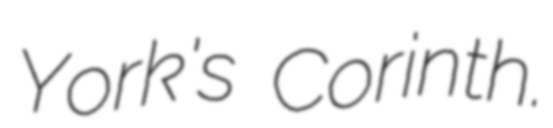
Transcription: York's Corinth.